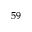
^ { 5 9 }